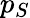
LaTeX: p_{S}